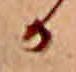
か